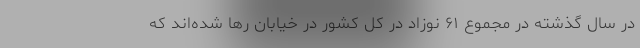
در سال گذشته در مجموع ۶۱ نوزاد در کل کشور در خیابان رها شده‌اند که